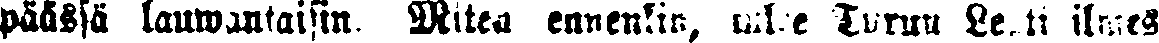
päässä lauwantaina. Miten ennenkin, tulee Turun Lehti ilmes